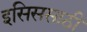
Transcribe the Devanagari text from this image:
इसिससाठी